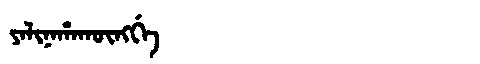
Manchu: ᠶᠠᠯᡳᠨᠠᡥᠠᡴᡡᠩᡤᡝ
Romanization: YALINAHAKŪNGGE